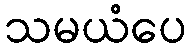
သမယံပေ